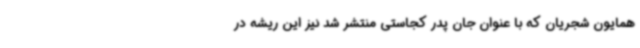
همایون شجریان که با عنوان جان پدر کجاستی منتشر شد نیز این ریشه در